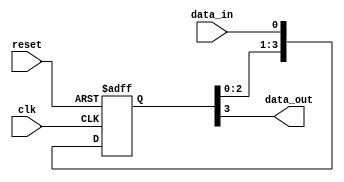
module FourFlopSynchronizer (
    input wire clk,
    input wire reset,
    input wire data_in,
    output reg data_out
);

reg [3:0] flops;

always @(posedge clk or posedge reset) begin
    if (reset) begin
        flops <= 4'b0000;
    end else begin
        flops <= {flops[2:0], data_in};
    end
end

assign data_out = flops[3];

endmodule